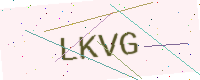
Text: LKVG